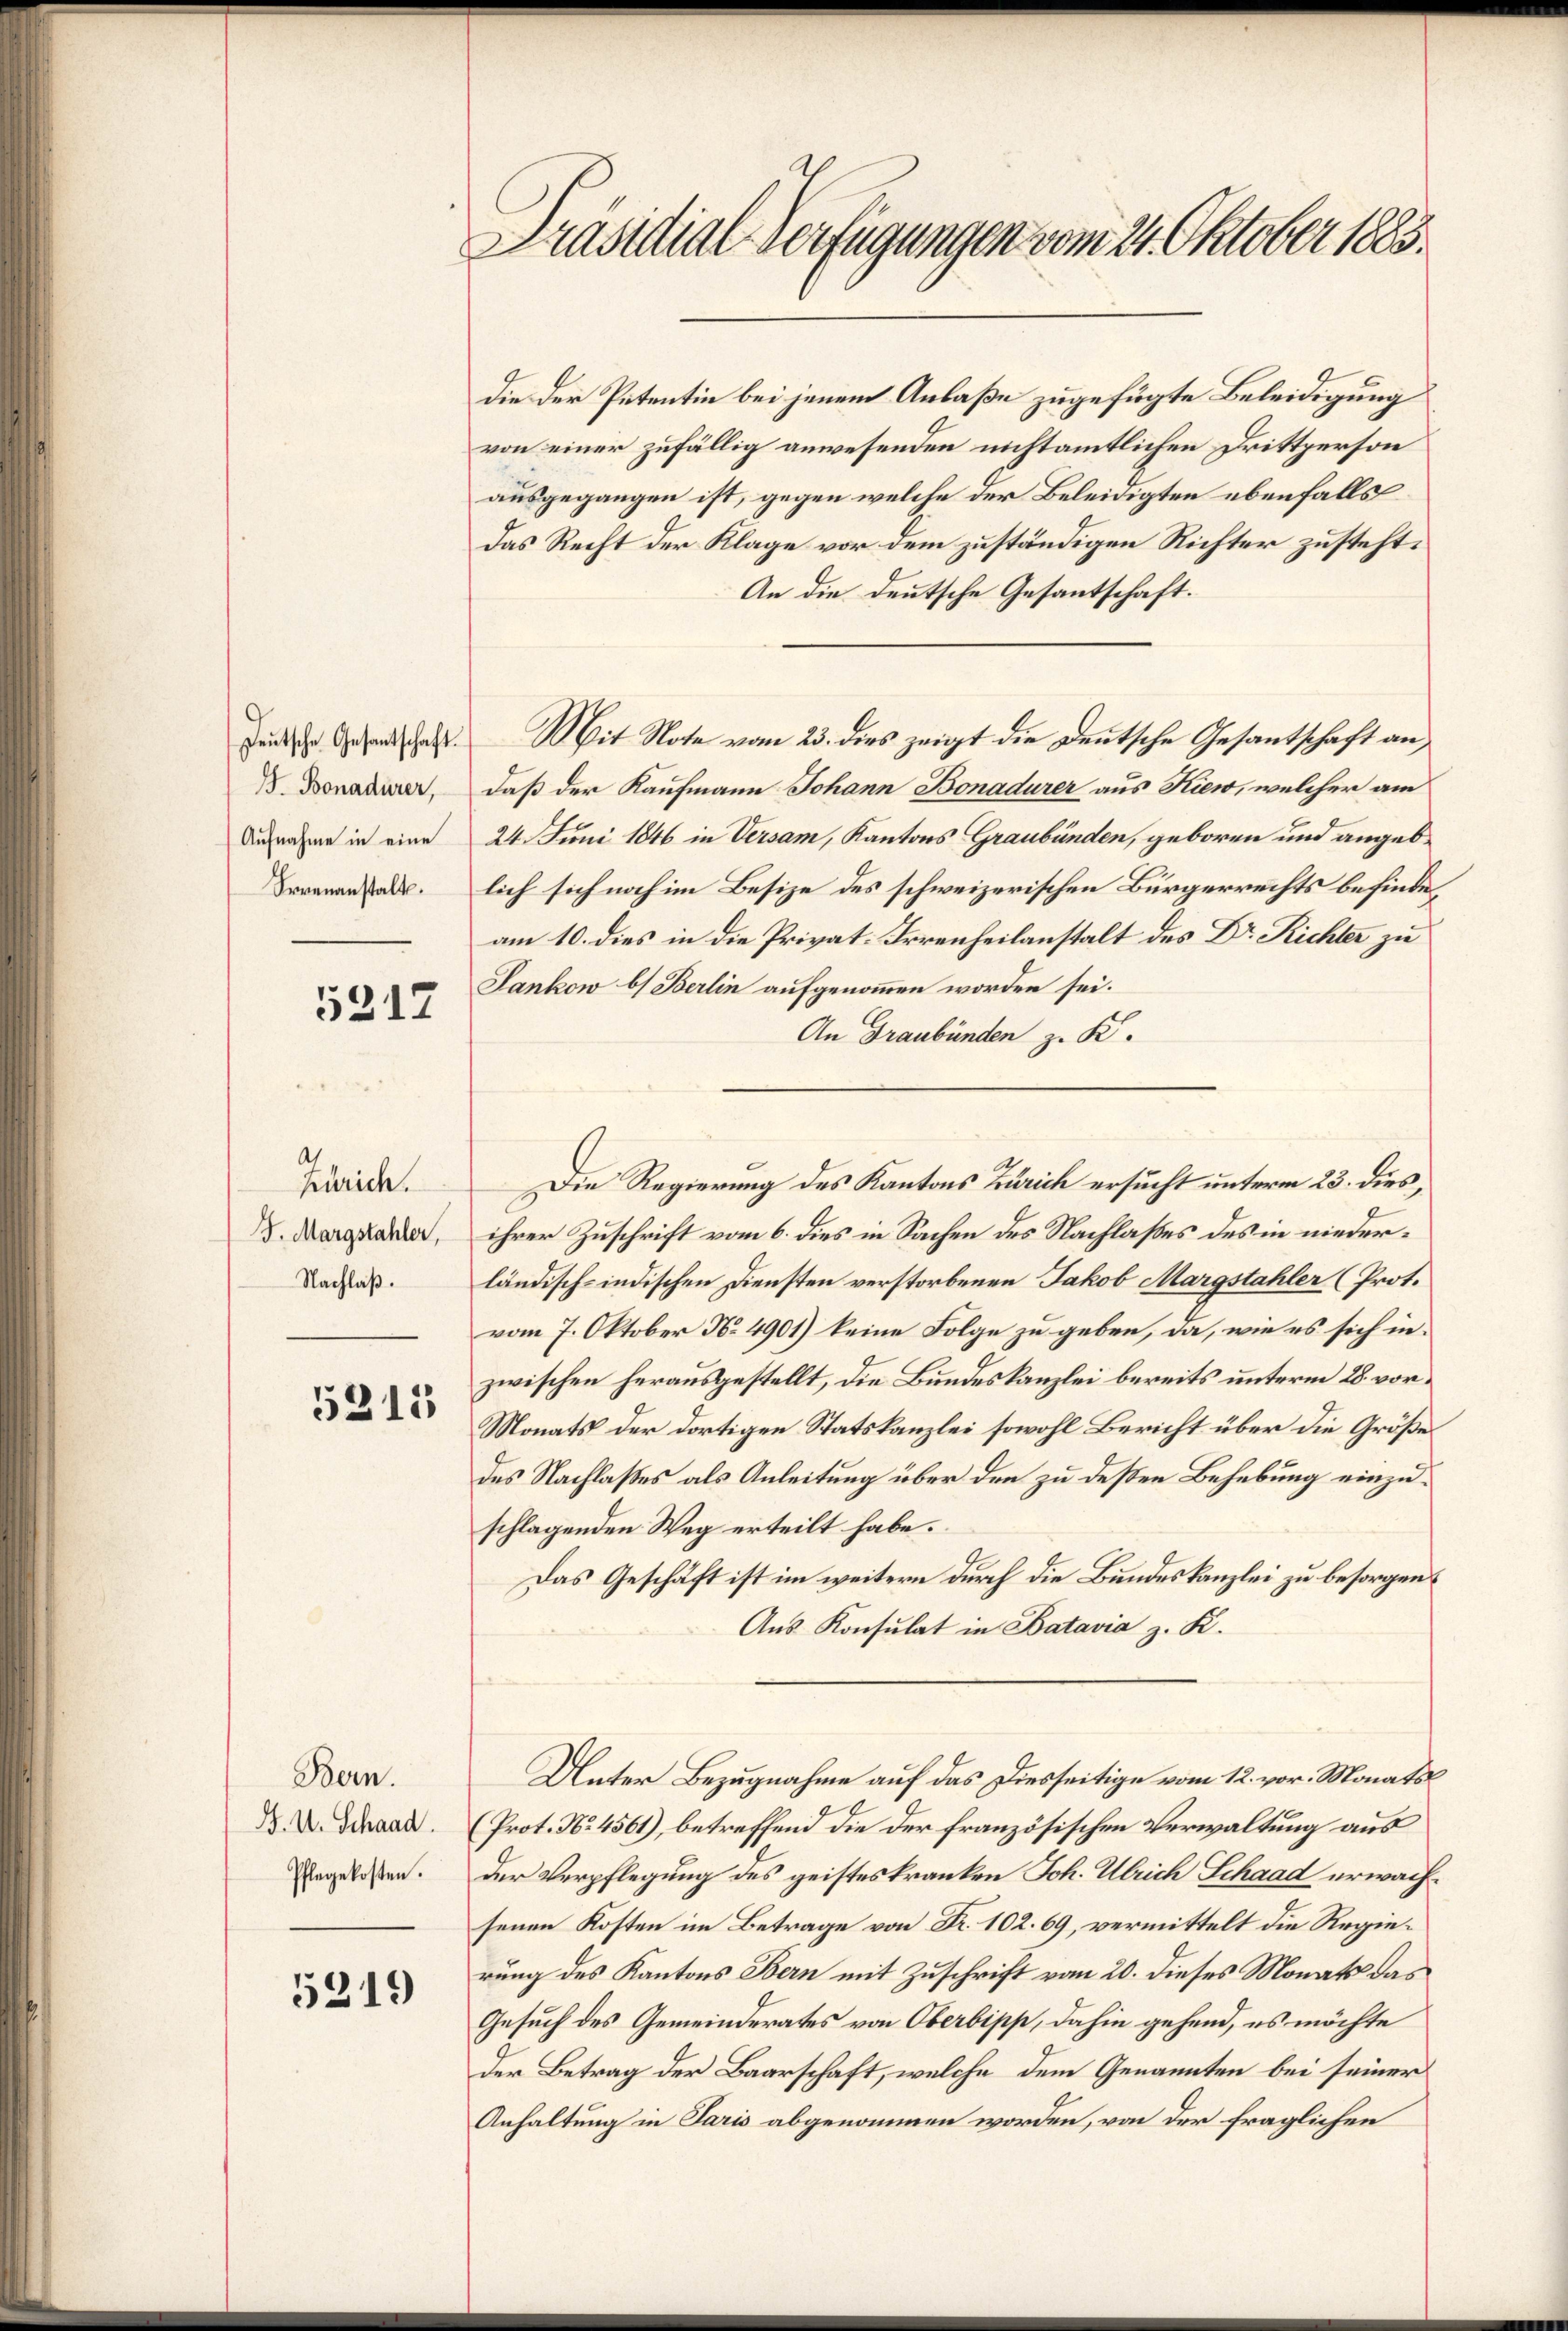
J. Bonadurer,
Aufnahme in eine
Irrenanstalt.

5217

Zürich.
F. Margstahler,
Nachlaß.

5211

Bern.
J. U. Schaad.
Pflegekosten.

5219

Präsidial-Verfügungen vom 24. Oktober 1883.

die der Patentin bei jenem Anlaße zugefügte Beleidigung
von einer zufällig anwesenden nicht amtlichen Drittperson
ausgegangen ist, gegen welche der Beleidigten ebenfalls
Das Recht der Klage vor dem zuständigen Richter zusteht.
An die deutsche Gesantschaft.
Jene Gesandtschaft. Mit Note vom 23. dies zeigt die Deutsche Gesantschaft an,
daß der Kaufmann Johann Bonadurer aus Kiew, welcher am
24. Juni 1846 in Versam, Kantons Graubünden, geboren und angeb
lich sich noch im Besize des schweizerischen Bürgerrechts befinde,
am 10. dies in die Privat-Irrenheilanstalt des Dr. Richter zu
Jankow b) Berlin aufgenommen worden sei.
An Graubünden z. B.
ihrer Zuschrift vom 6. dies in Sachen des Nachlasses des in niederländisch-indischen Diensten verstorbenen Jakob Margstahler (Prot.
vom 7. Oktober No. 4901) keine Folge zu geben, da, wie es sich in
zwischen herausgestellt, die Bundeskanzlei bereits unterm 28. vor¬
Monats der dortigen Statskanzlei sowohl Bericht über die Größe
des Nachlasses als Anleitung über den zu deßen Behebung einzuschlagenden Weg erteilt habe.
Das Geschäft ist im weitern durch die Bundeskanzlei zu besorgen¬
Aus Konsulat in Batavia z. K.
Unter Bezugnahme auf das Diesseitige vom 12. vor. Monats
(Prot. No. 4561), betreffend die der französischen Verwaltung aus
der Verpflegung des geisteskranken Joh. Ulrich Schaad erwachsenen Kosten im Betrage von Fr. 102. 69, vermittelt die Regierung des Kantons Bern mit Zuschrift vom 20. dieses Monats das
Gesuch des Gemeinderates von Oberbipp, dahin gehend, es möchte
Der Betrag der Baarschaft, welche dem Genannten bei seiner
Anhaltung in Paris abgenommen worden, von der fraglichen

Die Regierung des Kantons Zürich ersucht unterm 23. dies,